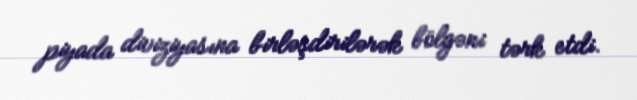
piyada diviziyasına birləşdirilərək bölgəni tərk etdi.